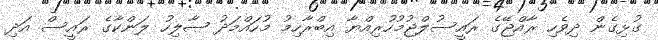
ގުޅިގެން ދިވެހި ރާއްޖޭގެ ރައީސުލްޖުމުހުރިއްޔާ އިބްރާހިމު މުހައްމަދު ޞާލިހު ލަންކާގެ ރައީސް އަދި